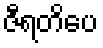
ဇီရတိပေ